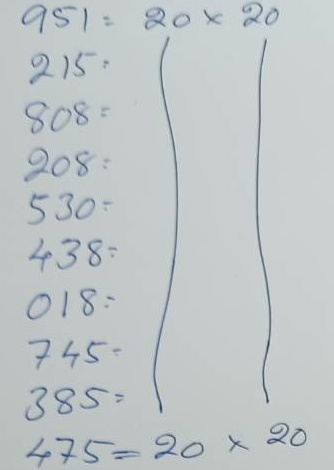
951 = 20 x 20
215 = 20 x 20
808 = 20 x 20
208 = 20 x 20
530 = 20 x 20
438 = 20 x 20
018 = 20 x 20
745 = 20 x 20
385 = 20 x 20
475 = 20 x 20